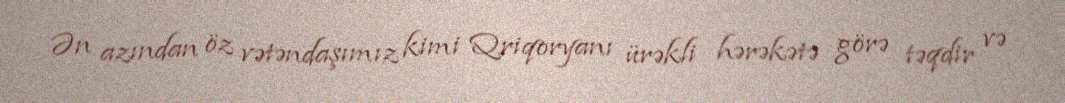
Ən azından öz vətəndaşımız kimi Qriqoryanı ürəkli hərəkətə görə təqdir və